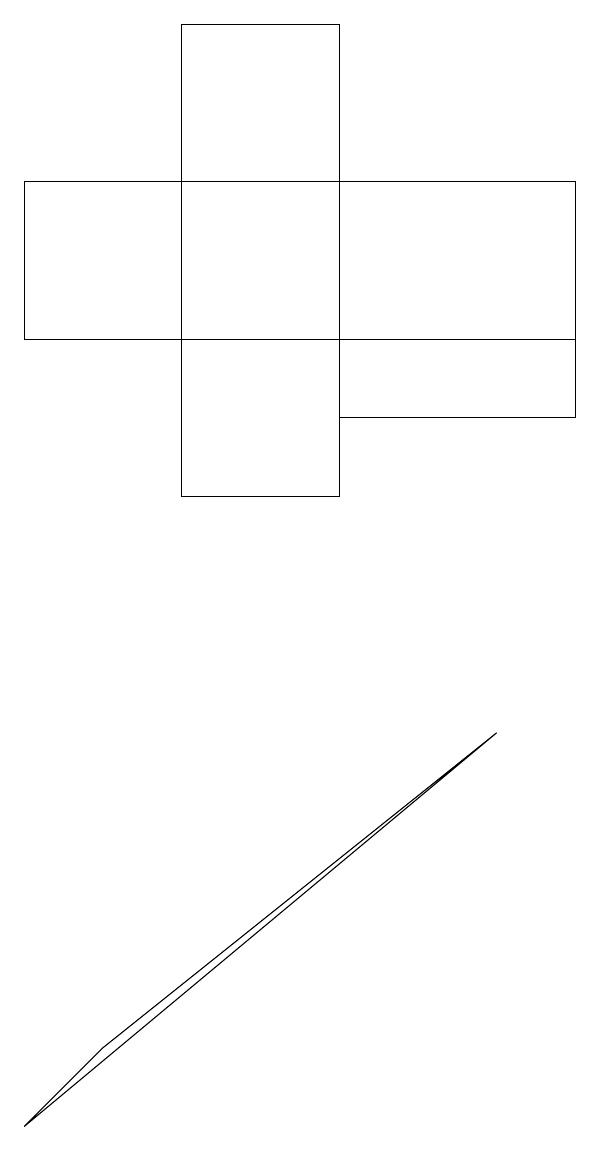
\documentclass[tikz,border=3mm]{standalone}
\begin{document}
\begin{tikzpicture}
\draw (1,4) -- (2,5) -- (7,9) -- cycle;
\draw (8,14) rectangle (1,16);
\draw (8,13) rectangle (5,16);
\draw (5,12) rectangle (3,18);
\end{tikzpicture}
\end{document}